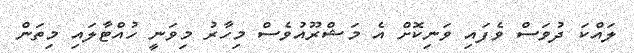
ލައްކަ ދުވަސް ވެފައި ވަނިކޮށް އެ މަޝްރޫއުވެސް މިހާރު މިވަނީ ހުއްޓާލައި މިތަން